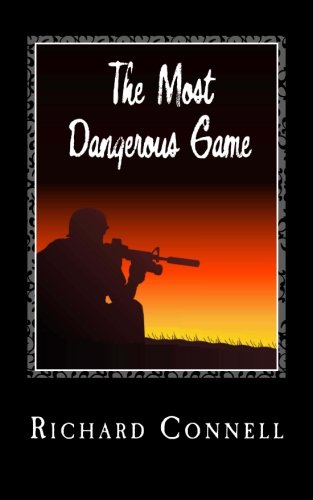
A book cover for The Most Dangerous Game; Richard Connell; Literature & Fiction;